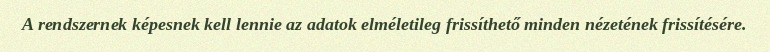
A rendszernek képesnek kell lennie az adatok elméletileg frissíthető minden nézetének frissítésére.